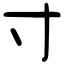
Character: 寸